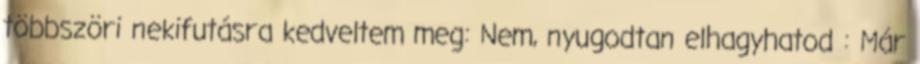
többszöri nekifutásra kedveltem meg: Nem, nyugodtan elhagyhatod : Már